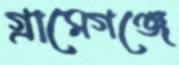
গ্রামেগঞ্জে